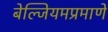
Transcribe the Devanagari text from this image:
बेल्जियमप्रमाणे